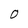
Character: O